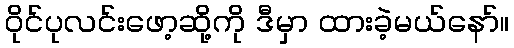
ဝိုင်ပုလင်းဖော့ဆို့ကို ဒီမှာ ထားခဲ့မယ်နော်။